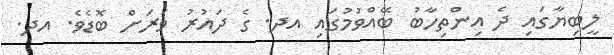
ލީބިޔާގައި ދެ އިންތިހާބު ބޭއްވުމުގައި އދ. ގެ ދައުރު ވަރަށް ބޮޑެވެ. އދ.